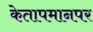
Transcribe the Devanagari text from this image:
केतापमानपर